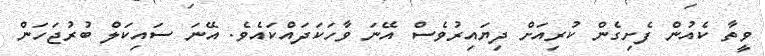
ވީތާ ކެއުން ފެށިގެން ކުރިއަށް ދިޔައިރުވެސް އޭނަ ވާހަކަދައްކައެވެ. އޭނަ ސައިކަލް ބުރުޖަހަން